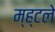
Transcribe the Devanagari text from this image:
म्ह्टले